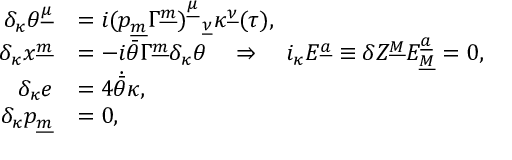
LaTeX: \begin{array} { r l } { { \delta _ { \kappa } \theta ^ { \underline { { { \mu } } } } } } & { { = i ( p _ { \underline { { m } } } \Gamma ^ { \underline { { m } } } ) _ { ~ ~ \underline { { { \nu } } } } ^ { \underline { { { \mu } } } } \kappa ^ { \underline { { { \nu } } } } ( \tau ) , } } \\ { { \delta _ { \kappa } x ^ { \underline { { { m } } } } } } & { { = - i \bar { \theta } \Gamma ^ { \underline { { { m } } } } \delta _ { \kappa } \theta ~ ~ ~ \Rightarrow ~ ~ ~ i _ { \kappa } { \cal E } ^ { \underline { { a } } } \equiv \delta Z ^ { \underline { { M } } } { \cal E } _ { \underline { { M } } } ^ { \underline { { a } } } = 0 , } } \\ { { \delta _ { \kappa } e } } & { { = 4 \dot { \bar { \theta } } \kappa , } } \\ { { \delta _ { \kappa } p _ { \underline { { m } } } } } & { { = 0 , } } \end{array}